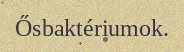
Ősbaktériumok.